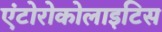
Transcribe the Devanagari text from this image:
एंटोरोकोलाइटिस